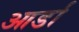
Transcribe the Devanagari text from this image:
आर्डा